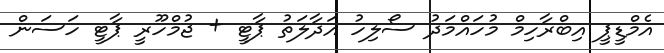
އެމްޑީޕީ އިބްރާހިމް މުހައްމަދު ސޯލިހު އަދާލަތު ޕާޓީ + ޖުމްހޫރީ ޕާޓީ ހަސަން